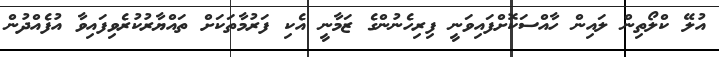
އުލޭ ކްލޯތިން ލައިން ހާއްސަކޮށްފައިވަނީ ފިރިހެނުންގެ ޒަމާނީ އެކި ފަރުމާތަކަށް ތައްޔާރުކުރެވިފައިވާ އުފެއްދުން